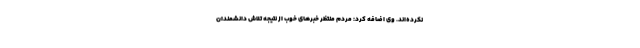
نکرده‌اند. وی اضافه کرد: مردم منتظر خبرهای خوب از نتیجه تلاش دانشمندان